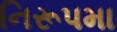
નિરૂપમા